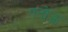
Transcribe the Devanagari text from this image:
ततोऊ